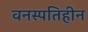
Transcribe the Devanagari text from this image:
वनस्पतिहीन